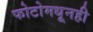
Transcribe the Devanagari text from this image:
फोटोमधूनही